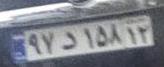
۹۷د۱۵۸۱۲